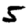
Digit: 5